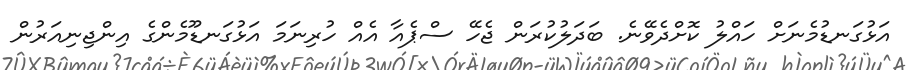
އަޅުގަނޑުމެނަށް ހައްލު ކޮށްދެވޭނެ. ބަދަލުކުރަން ޖެހޭ ސްޕެއާ އެއް ހުރިނަމަ އަޅުގަނޑޫމެންގެ އިންޖިނިއަރުން